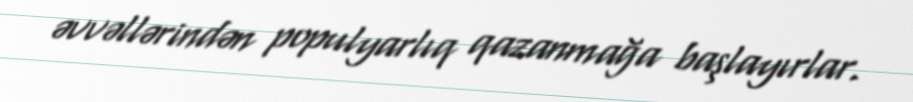
əvvəllərindən populyarlıq qazanmağa başlayırlar.